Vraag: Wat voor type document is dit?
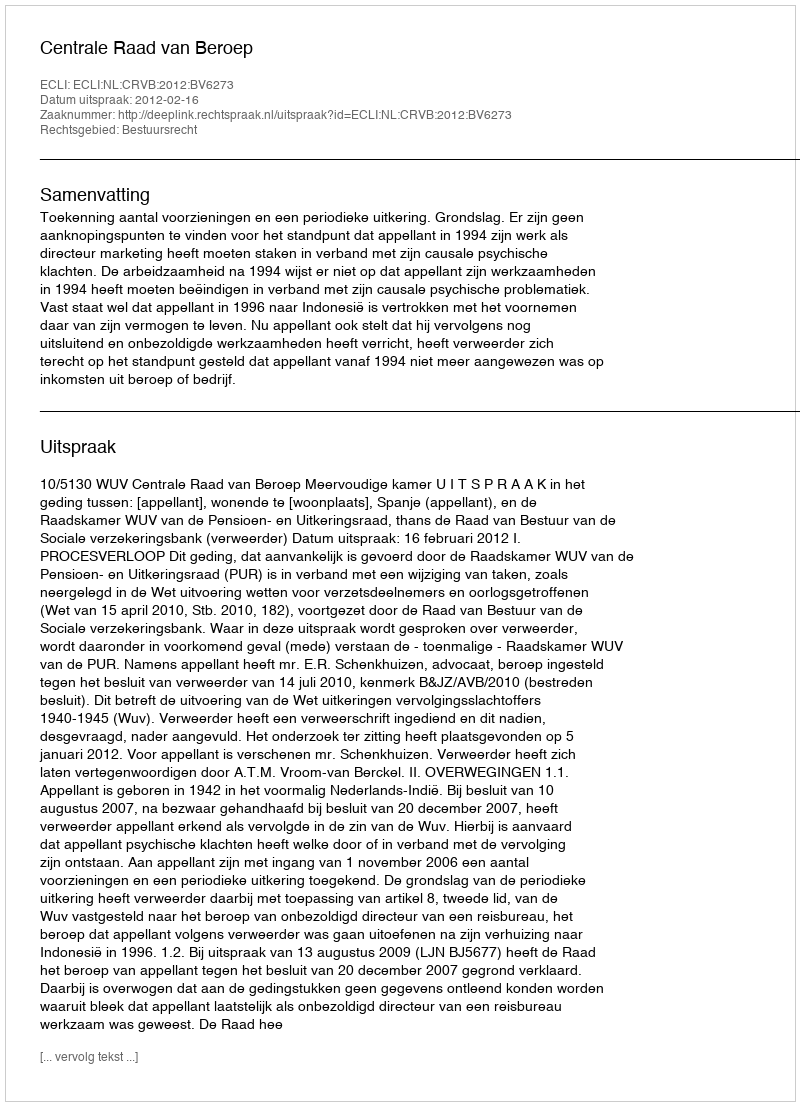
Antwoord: Uitspraak